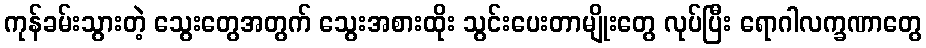
ကုန်ခမ်းသွားတဲ့ သွေးတွေအတွက် သွေးအစားထိုး သွင်းပေးတာမျိုးတွေ လုပ်ပြီး ရောဂါလက္ခဏာတွေ